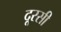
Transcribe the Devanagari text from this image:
दूरसी